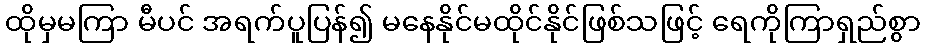
ထိုမှမကြာ မီပင် အရက်ပူပြန်၍ မနေနိုင်မထိုင်နိုင်ဖြစ်သဖြင့် ရေကိုကြာရှည်စွာ